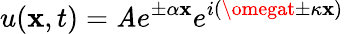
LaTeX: u(\mathbf{x},t)=\mathit{A}e^{\pm\alpha\mathbf{x}}e^{i(\omegat\pm\kappa\mathbf{x})}